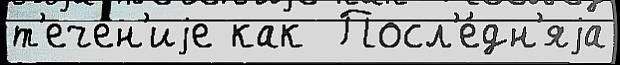
т'ече́н'иjе как  Посл'е́дн'яjа